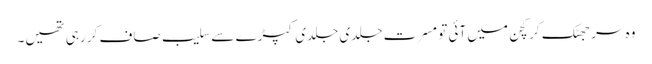
وہ سر جھٹک کر کچن میں آئی تو مسرت جلدی جلدی کپڑے سے سلیب صاف کر رہی تھیں۔